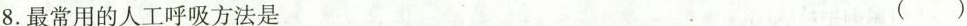
8.最常用的人工呼吸方法是 ( )